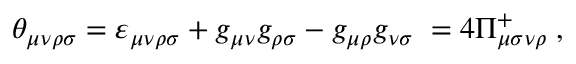
\theta _ { \mu \nu \rho \sigma } = \varepsilon _ { \mu \nu \rho \sigma } + g _ { \mu \nu } g _ { \rho \sigma } - g _ { \mu \rho } g _ { \nu \sigma } \; = 4 \Pi _ { \mu \sigma \nu \rho } ^ { + } \; ,